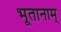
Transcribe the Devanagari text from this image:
भूतानाम्